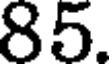
85.